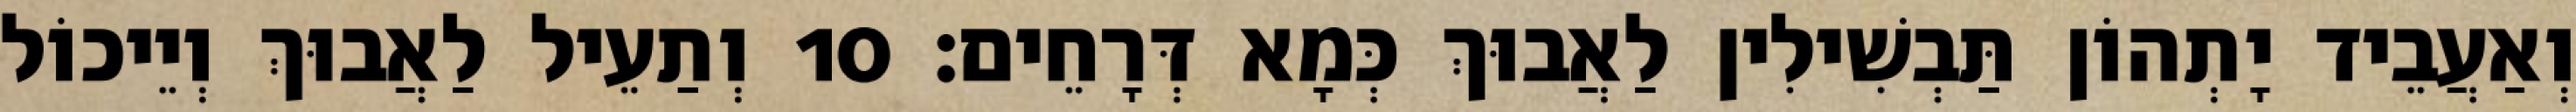
וְאַעֲבֵיד יָתְהוֹן תַּבְשִׁילִין לַאֲבוּךְ כְּמָא דְּרָחֵים׃ 10 וְתַעֵיל לַאֲבוּךְ וְיֵיכוֹל